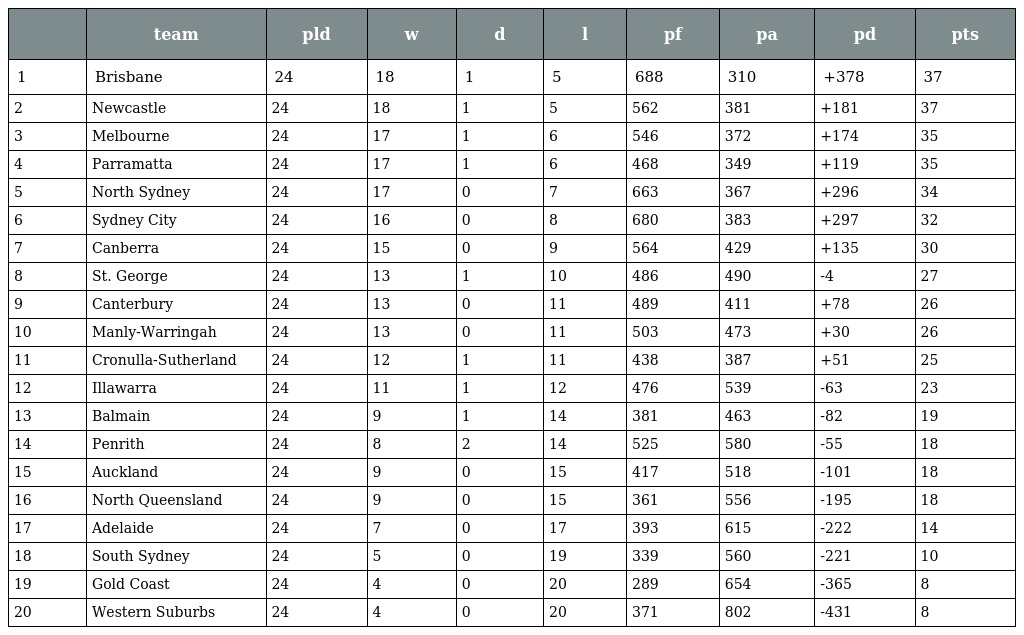
|  | team | pld | w | d | l | pf | pa | pd | pts |
 | --- | --- | --- | --- | --- | --- | --- | --- | --- | --- |
 | 1 | Brisbane | 24 | 18 | 1 | 5 | 688 | 310 | +378 | 37 |
 | 2 | Newcastle | 24 | 18 | 1 | 5 | 562 | 381 | +181 | 37 |
 | 3 | Melbourne | 24 | 17 | 1 | 6 | 546 | 372 | +174 | 35 |
 | 4 | Parramatta | 24 | 17 | 1 | 6 | 468 | 349 | +119 | 35 |
 | 5 | North Sydney | 24 | 17 | 0 | 7 | 663 | 367 | +296 | 34 |
 | 6 | Sydney City | 24 | 16 | 0 | 8 | 680 | 383 | +297 | 32 |
 | 7 | Canberra | 24 | 15 | 0 | 9 | 564 | 429 | +135 | 30 |
 | 8 | St. George | 24 | 13 | 1 | 10 | 486 | 490 | -4 | 27 |
 | 9 | Canterbury | 24 | 13 | 0 | 11 | 489 | 411 | +78 | 26 |
 | 10 | Manly-Warringah | 24 | 13 | 0 | 11 | 503 | 473 | +30 | 26 |
 | 11 | Cronulla-Sutherland | 24 | 12 | 1 | 11 | 438 | 387 | +51 | 25 |
 | 12 | Illawarra | 24 | 11 | 1 | 12 | 476 | 539 | -63 | 23 |
 | 13 | Balmain | 24 | 9 | 1 | 14 | 381 | 463 | -82 | 19 |
 | 14 | Penrith | 24 | 8 | 2 | 14 | 525 | 580 | -55 | 18 |
 | 15 | Auckland | 24 | 9 | 0 | 15 | 417 | 518 | -101 | 18 |
 | 16 | North Queensland | 24 | 9 | 0 | 15 | 361 | 556 | -195 | 18 |
 | 17 | Adelaide | 24 | 7 | 0 | 17 | 393 | 615 | -222 | 14 |
 | 18 | South Sydney | 24 | 5 | 0 | 19 | 339 | 560 | -221 | 10 |
 | 19 | Gold Coast | 24 | 4 | 0 | 20 | 289 | 654 | -365 | 8 |
 | 20 | Western Suburbs | 24 | 4 | 0 | 20 | 371 | 802 | -431 | 8 |